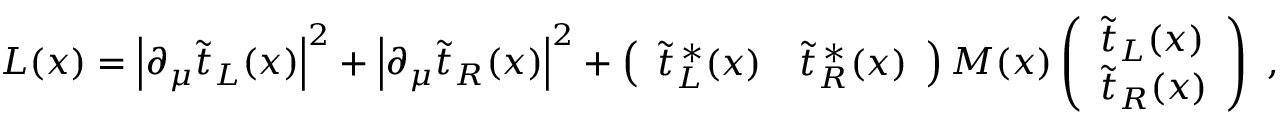
{ \cal L } ( x ) = \left| \partial _ { \mu } \widetilde t _ { L } ( x ) \right| ^ { 2 } + \left| \partial _ { \mu } \widetilde t _ { R } ( x ) \right| ^ { 2 } + \left( \begin{array} { l l } { { \widetilde t _ { L } ^ { \, * } ( x ) } } & { { \widetilde t _ { R } ^ { \, * } ( x ) } } \end{array} \right) { \cal M } ( x ) \left( \begin{array} { l } { { \widetilde t _ { L } ( x ) } } \\ { { \widetilde t _ { R } ( x ) } } \end{array} \right) \ ,